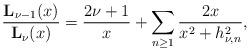
LaTeX: \begin{align*}\frac{\mathbf{L}_{\nu-1}(x)}{\mathbf{L}_{\nu}(x)}=\frac{2\nu+1}{x}+\sum_{n\geq1}\frac{2x}{x^2+h_{\nu,n}^2},\end{align*}